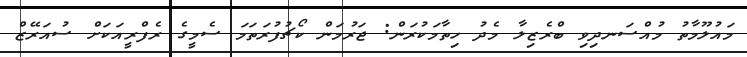
މައުލޫމާތު މުއްސަނދިވި ބްރެޒިލާ މެދު ހިތާމަކުރަން: ޖަރުމަން ކޯޗުފުރަތަމަ ސެމީގެ ރެފްރީއަކަށް ސުއަރޭޒް